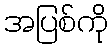
အပြစ်ကို